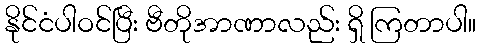
နိုင်ငံပါဝင်ပြီး ဗီတိုအာဏာလည်း ရှိ ကြတာပါ။